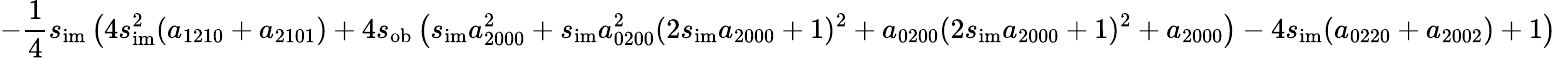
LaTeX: -\frac{1}{4}s_{\mathrm{im}}\left(4s_{\mathrm{im}}^{2}(a_{1210}+a_{2101})+4s_{\mathrm{ob}}\left(s_{\mathrm{im}}a_{2000}^{2}+s_{\mathrm{im}}a_{0200}^{2}(2s_{\mathrm{im}}a_{2000}+1)^{2}+a_{0200}(2s_{\mathrm{im}}a_{2000}+1)^{2}+a_{2000}\right)-4s_{\mathrm{im}}(a_{0220}+a_{2002})+1\right)